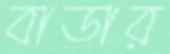
বাডার